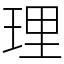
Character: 理